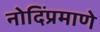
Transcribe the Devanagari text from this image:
नोदिंप्रमाणे